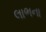
લાભના